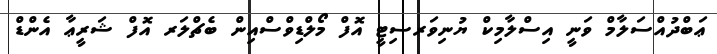
ޢަބްދުއްސަލާމް ވަނީ އިސްލާމިކް ޔުނިވަރސިޓީ އޮފް މޯލްޑިވްސްއިން ބެޗްލަރ އޮފް ޝަރީޢާ އެންޑް